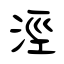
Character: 涇